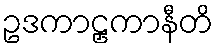
ဥဒကာဠှကာနီတိ